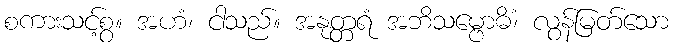
စကားသင့်စွ။ အဟံ၊ ငါသည်။ အနုတ္တရံ အဘိသမ္ဗောဓိံ၊ လွန်မြတ်သော